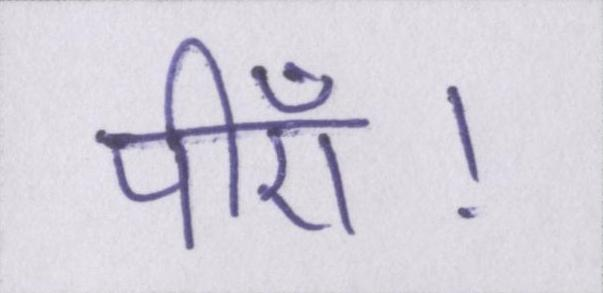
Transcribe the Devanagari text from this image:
पीएँ।